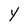
Character: Y